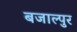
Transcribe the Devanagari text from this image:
बजाल्पुर